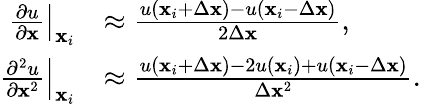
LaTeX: \begin{array}{rl}{\left.\frac{\partial u}{\partial\mathbf{x}}\right|_{\mathbf{x}_{i}}}&{\approx\frac{u\left(\mathbf{x}_{i}+\Delta\mathbf{x}\right)-u\left(\mathbf{x}_{i}-\Delta\mathbf{x}\right)}{2\Delta\mathbf{x}},}\\ {\left.\frac{\partial^{2}u}{\partial\mathbf{x}^{2}}\right|_{\mathbf{x}_{i}}}&{\approx\frac{u\left(\mathbf{x}_{i}+\Delta\mathbf{x}\right)-2u\left(\mathbf{x}_{i}\right)+u\left(\mathbf{x}_{i}-\Delta\mathbf{x}\right)}{\Delta\mathbf{x}^{2}}.}\end{array}